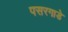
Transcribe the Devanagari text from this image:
पसरगाडे